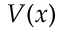
V ( x )